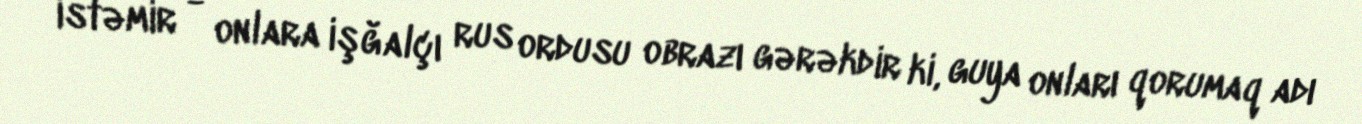
istəmir - onlara işğalçı rus ordusu obrazı gərəkdir ki, guya onları qorumaq adı